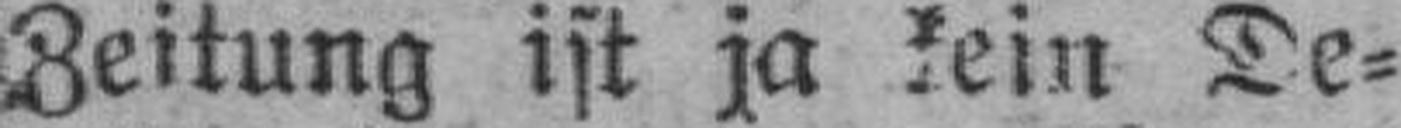
Zeitung ist ja kein De¬